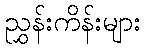
ညွှန်းကိန်းများ